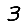
Digit: 3